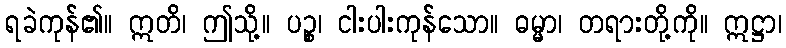
ရခဲကုန်၏။ ဣတိ၊ ဤသို့။ ပဉ္စ၊ ငါးပါးကုန်သော။ ဓမ္မာ၊ တရားတို့ကို။ ဣဋ္ဌာ၊